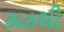
ઠાઠથી